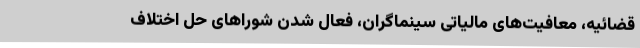
قضائیه، معافیت‌های مالیاتی سینماگران، فعال شدن شورا‌های حل اختلاف